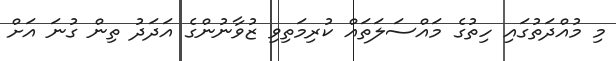
މި މުއްދަތުގައި ހިތުގެ މައްސަލަތައް ކުރިމަތިވި ޒުވާނުންގެ އަދަދު ތިން ގުނަ އަށް